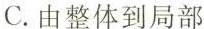
C.由整体到局部